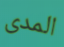
المدى